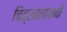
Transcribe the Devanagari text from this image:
चित्रबलाकची